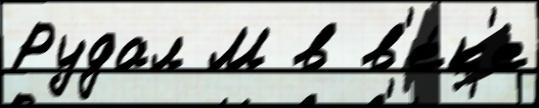
Рудал М в в'е́к'е